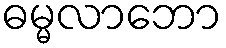
ဓမ္မလာဘော